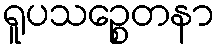
ရူပသဉ္စေတနာ